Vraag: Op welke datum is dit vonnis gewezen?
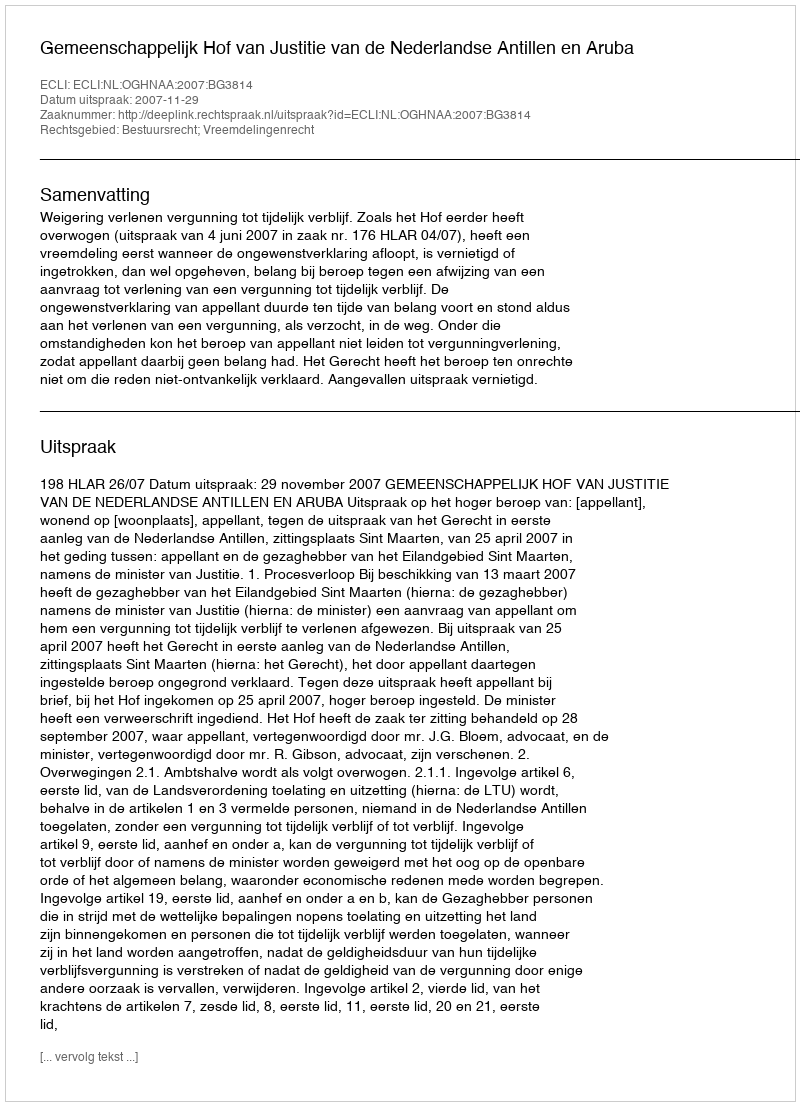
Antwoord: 2007-11-29